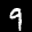
Label: 9